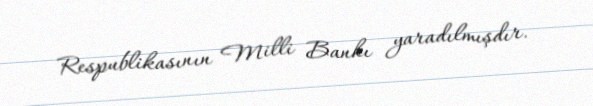
Respublikasının Milli Bankı yaradılmışdır.